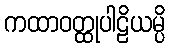
ကထာဝတ္ထုပါဠိယမ္ပိ